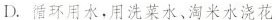
D.循环用水，用洗菜水、淘米水浇花